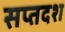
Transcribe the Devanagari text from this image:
सप्तदश